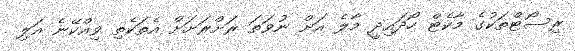
ރިސޯޓްތަކުގެ މާކެޓް ހޯދައިދީ މާލެ އަށް ނުވަތަ ރަށްރަށަށް އެތަކެތި ވިއްކޭނެ އަލި